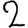
Digit: 2